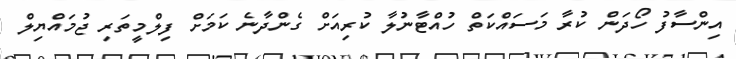
އިންސާފު ހޯދަން ކުރާ މަސައްކަތް ހުއްޓާނުލާ ކުރިއަށް ގެންދާނެ ކަމަށް ފިލްމީތަރި ޖުމައްޔިލް